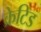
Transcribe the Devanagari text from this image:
क्रेटिड